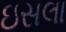
ઇસલા